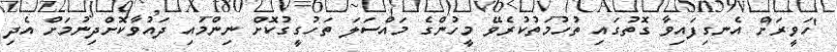
'ހަވީރަ'ށް އެނގިފައިވާ ގޮތުގައި ތުހުމަތުކުރެވޭ މީހުންގެ މައްސަލަ ތަހުގީގުކޮށް ނިންމައި ދައުވާކޮށްދިނުމަށް އެދި